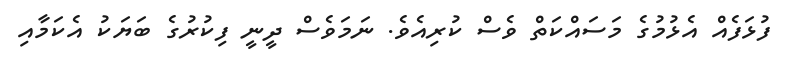
ފުޅަފެއް އެޅުމުގެ މަސައްކަތް ވެސް ކުރިއެވެ. ނަމަވެސް ދީނީ ފިކުރުގެ ބަޔަކު އެކަމާއި